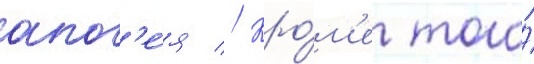
апог'е́я // Кро́м'е того́